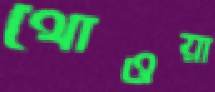
থোওয়া